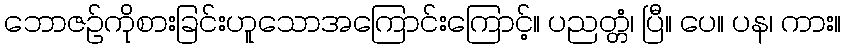
ဘောဇဉ်ကိုစားခြင်းဟူသောအကြောင်းကြောင့်။ ပညတ္တံ၊ ပြီ။ ပေ။ ပန၊ ကား။